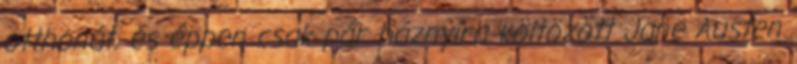
otthonát, és éppen csak pár háznyira költözött Jane Austen